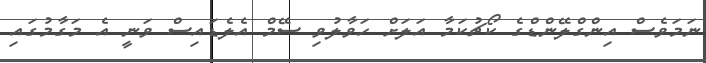
ނަމަވެސް އިންގްލޭންޑްގެ ކޯޗުކަމާ އަލަށް ހަވާލުވި ސޭމް އެލެޑައިސް ވަނީ އެ މަގާމުގައި